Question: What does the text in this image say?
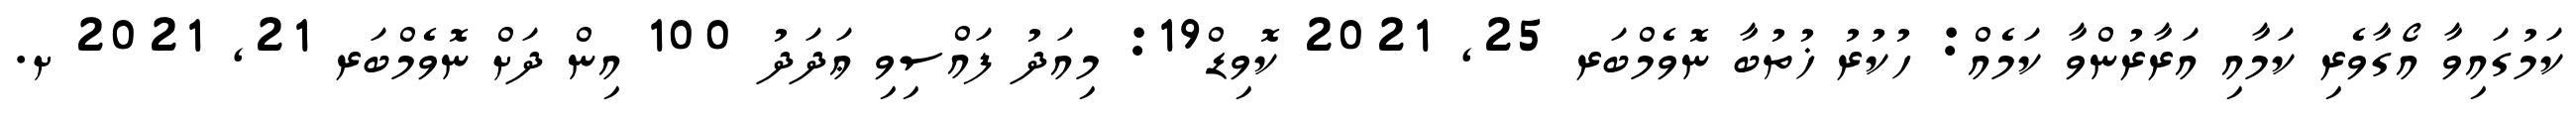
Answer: ކަމުގައިވާ އޯގާވެރި ކަމާއި އަރާރުންވާ ކަމެއް: ހުކުރު ޚުތުބާ ނޮވެމްބަރ 25, 2021 ކޮވިޑް19: މިއަދު ފައްސިވި ޢަދަދު 100 އިން ދަށް ނޮވެމްބަރ 21, 2021 ށ.